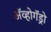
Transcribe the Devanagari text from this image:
अॅव्होगॅड्रो